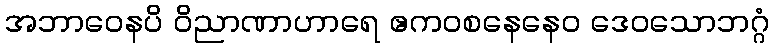
အဘာဝေနပိ ဝိညာဏာဟာရေ ဧကဝစနေနေဝ ဒေဝသောဘဂ္ဂံ